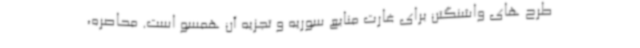
طرح های واشنگتن برای غارت منابع سوریه و تجزیه آن همسو است. محاصره،